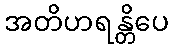
အတိဟရန္တိပေ